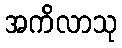
အကိလာသု